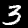
Digit: 3